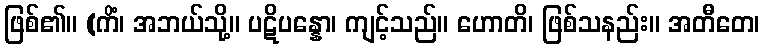
ဖြစ်၏။ (ကိံ၊ အဘယ်သို့။ ပဋိပန္နော၊ ကျင့်သည်။ ဟောတိ၊ ဖြစ်သနည်း။ အတီတေ၊